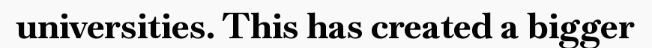
universities. This has created a bigger